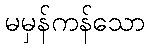
မမှန်ကန်သော